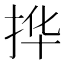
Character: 𫼧